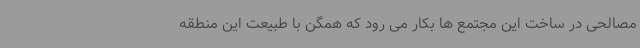
مصالحی در ساخت این مجتمع ها بکار می رود که همگن با طبیعت این منطقه